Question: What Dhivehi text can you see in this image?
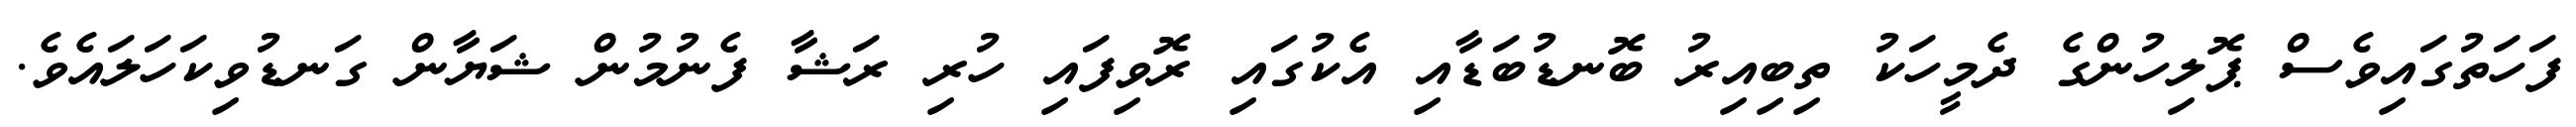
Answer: ފަހަތުގައިވެސް ޕޮލިހުންގެ ދެމީހަކު ތިބިއިރު ބޮނޑުބަޑާއި އެކުގައި ރޮވިފައި ހުރި ރަޝާ ފެނުމުން ޝަޔާން ގަނޑުވިކަހަލައެވެ.